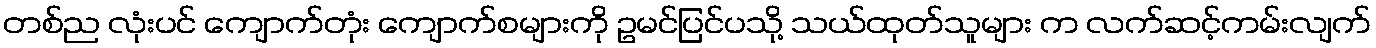
တစ်ည လုံးပင် ကျောက်တုံး ကျောက်စများကို ဥမင်ပြင်ပသို့ သယ်ထုတ်သူများ က လက်ဆင့်ကမ်းလျက်